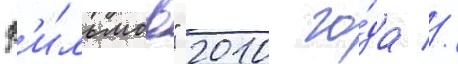
ф'и́льмов" 2010 го́да //